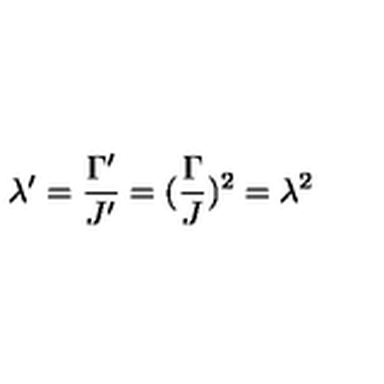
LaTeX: \lambda ^ { \prime } = \frac { \Gamma ^ { \prime } } { J ^ { \prime } } = ( \frac { \Gamma } { J } ) ^ { 2 } = \lambda ^ { 2 }